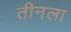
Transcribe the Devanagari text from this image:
तीनला